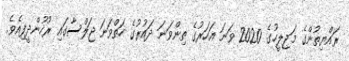
ރައްޔިތުންގެ މަޖިލީހުގެ 2020 ވަނަ އަހަރުގެ ތިންވަނަ ދައުރުގެ ހަތްވަނަ ޖަލްސާގައި ރުހުންދީފިއެވެ.